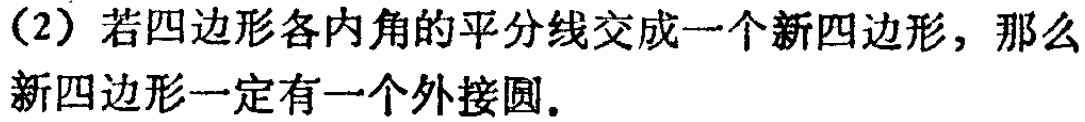
（2）若四边形各内角的平分线交成一个新四边形，那么新四边形一定有一个外接圆.